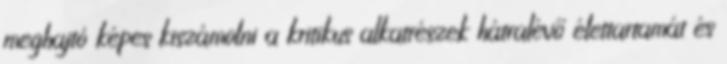
meghajtó képes kiszámolni a kritikus alkatrészek hátralévő élettartamát és